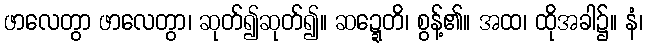
ဖာလေတွာ ဖာလေတွာ၊ ဆုတ်၍ဆုတ်၍။ ဆဍ္ဍေတိ၊ စွန့်၏။ အထ၊ ထိုအခါ၌။ နံ၊